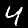
Label: 4